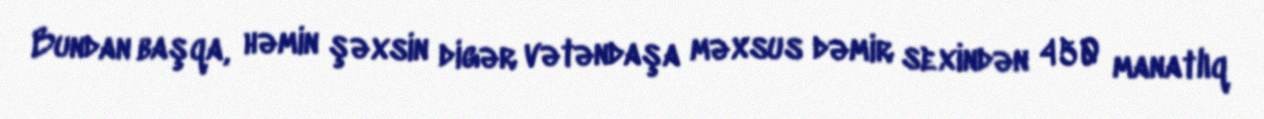
Bundan başqa, həmin şəxsin digər vətəndaşa məxsus dəmir sexindən 450 manatlıq